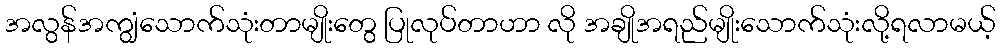
အလွန်အကျွံသောက်သုံးတာမျိုးတွေ ပြုလုပ်တာဟာ လို အချိုအရည်မျိုးသောက်သုံးလို့ရလာမယ့်